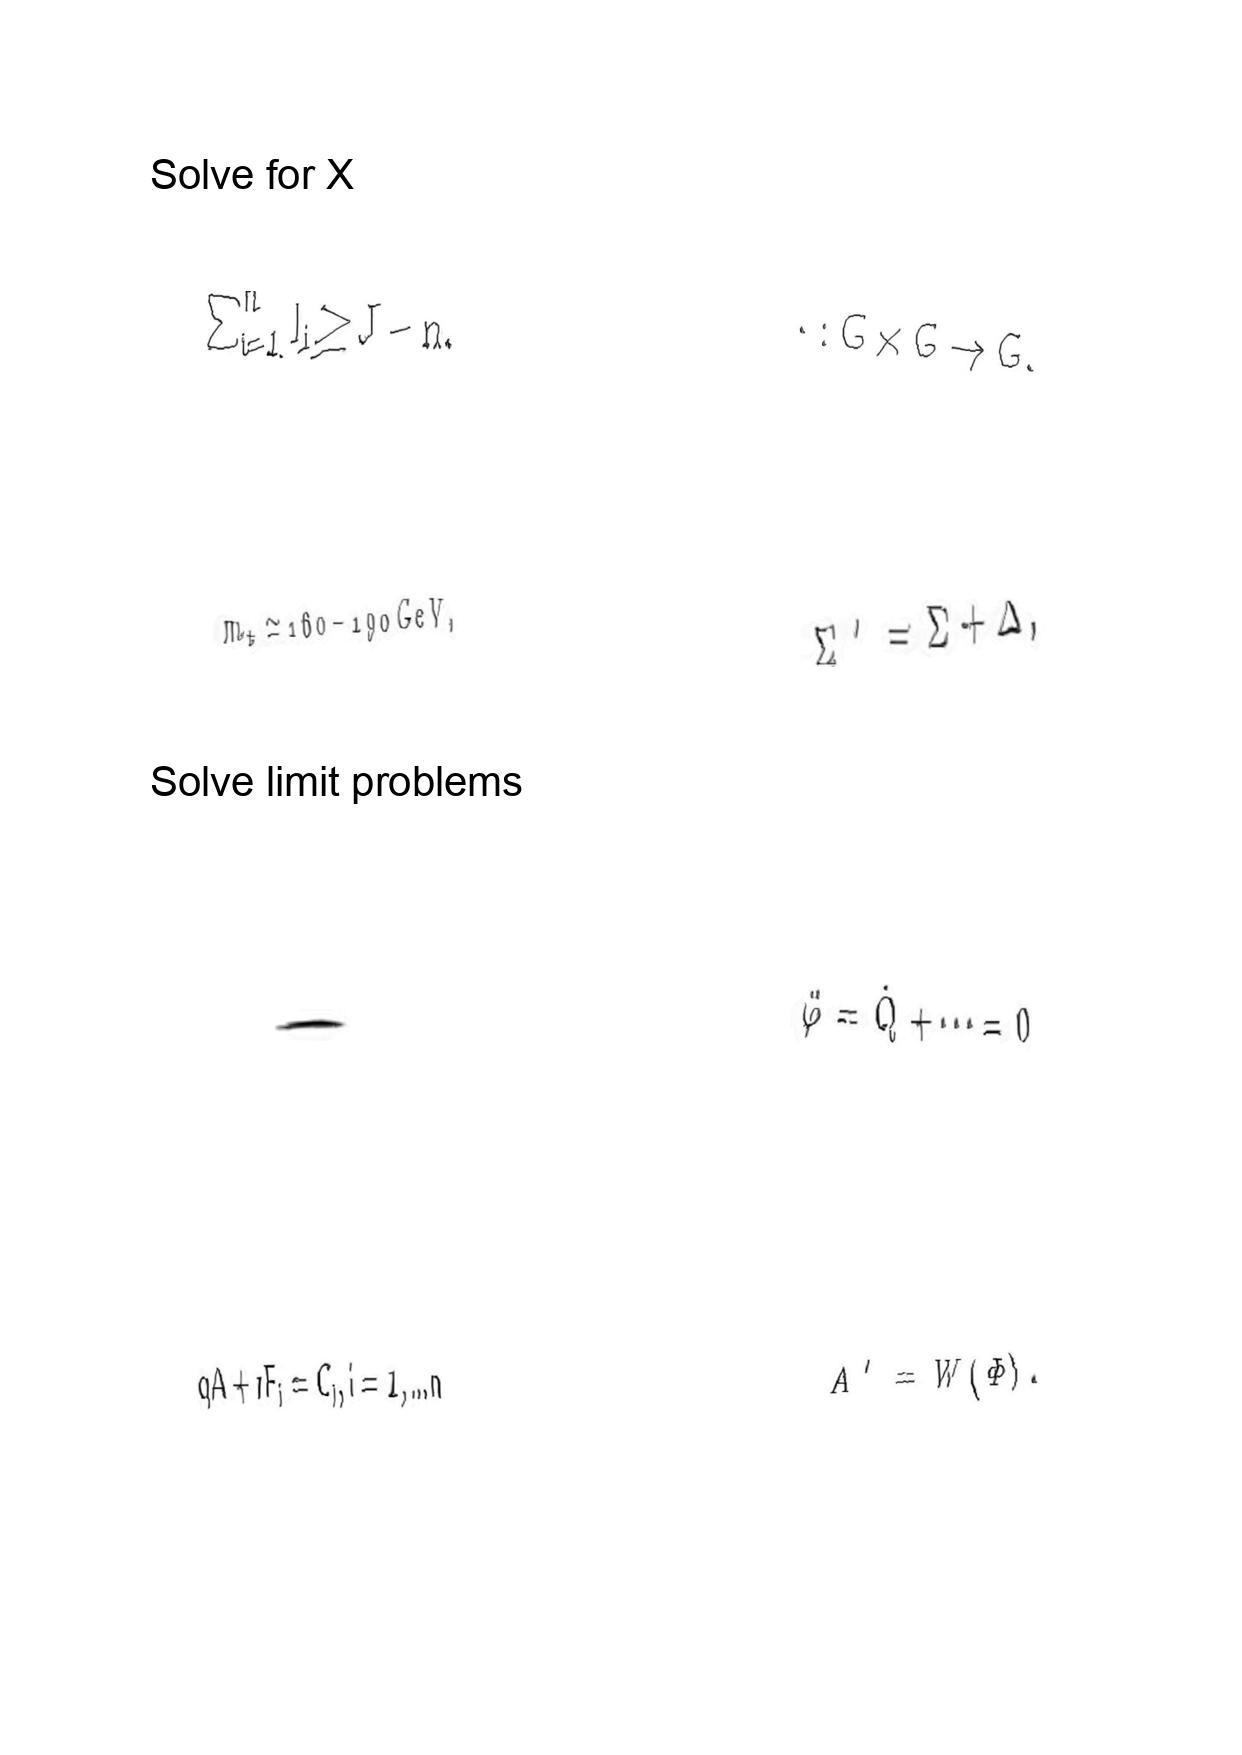
LaTeX transcription:
\sum _ { i = 1 } ^ { n } l _ { i } \geq J - n .
m _ { t } \simeq 1 6 0 - 1 9 0 \mathrm { G e V } ,
.
q A + r F _ { i } = C _ { i } , i = 1 , . . . n
\cdot : G \times G \rightarrow G .
\Sigma ^ { \prime } = \Sigma + \Delta ,
\ddot { \varphi } = \dot { Q } + \@cdots = 0
A ^ { \prime } = W \lparen \Phi \rparen .